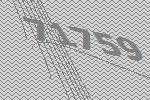
71759